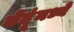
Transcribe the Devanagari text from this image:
मेंदूंमध्ये